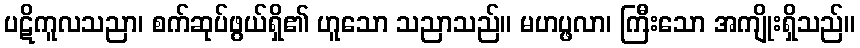
ပဋိကူလသညာ၊ စက်ဆုပ်ဖွယ်ရှိ၏ ဟူသော သညာသည်။ မဟပ္ဖလာ၊ ကြီးသော အကျိုးရှိသည်။